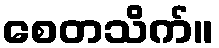
စေတသိက်။